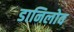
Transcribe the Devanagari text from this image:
डानिलोव